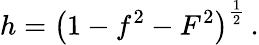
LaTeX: h=\left(1-f^{2}-F^{2}\right)^{\frac{1}{2}}\, .